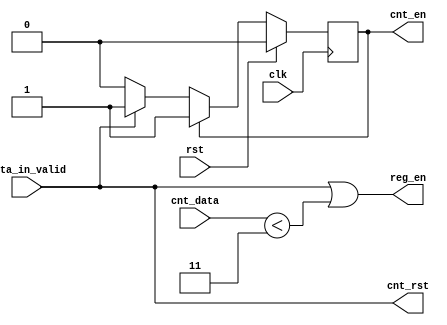
`timescale 1ns / 1ps

//compute p**q, where q=4


module control (
		//top interface
	input 	    clk,
	input 	    rst,
	input 	    data_in_valid,
		//counter interface 
	input [1:0] cnt_data,
	output 	    cnt_rst, cnt_en,
		//register interface
	output 	    reg_en
);


   
   
//state vars
   reg   state, state_nxt;
   
   //Processo para iniciao da vriavel state, reage a fase ascendendete de clk
   //state register 
   always @ (posedge clk) begin
      if(rst)
	state <= 1'b0;
      else
	state <= state_nxt;
   end

   //Processo com descrio de lgica combinatria
   //state transition 
   always @* begin
      //defaults 
      
      state_nxt = state; //Actualizao do estado

      case (state)
	1'b0: //Init
	  if(data_in_valid) //Quando data_in_valid = 1, a entrada est valida para ser registada
	    state_nxt = 1'b1;
	default:;//Accumulate
      endcase    
   end 
   
   //counter management
   assign cnt_rst = data_in_valid;
   assign cnt_en = (state != 1'b0); //Enquanto state != 0 o sinal enable continua activo

   //register management
   assign reg_en = data_in_valid | (cnt_data < 2'd3);
   

endmodule